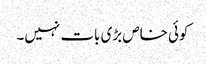
کوئی خاص بڑی بات نہیں۔